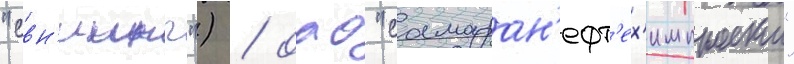
"свн'иинп") / оао "самаран'ефт'ех'импроект"